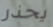
يحذر